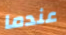
عندما